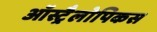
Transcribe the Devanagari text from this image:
ऑस्ट्रैलोपिकस